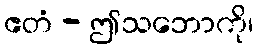
ဧတံ - ဤသဘောကို၊